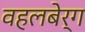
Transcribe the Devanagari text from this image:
वहलबेर्ग